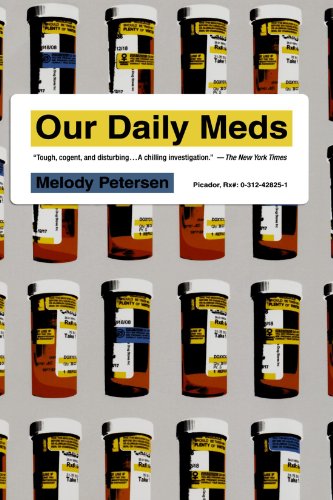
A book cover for Our Daily Meds: How the Pharmaceutical Companies Transformed Themselves into Slick Marketing Machines and Hooked the Nation on Prescription Drugs; Melody Petersen; Business & Money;